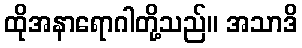
ထိုအနာရောဂါတို့သည်။ အသာဒိ